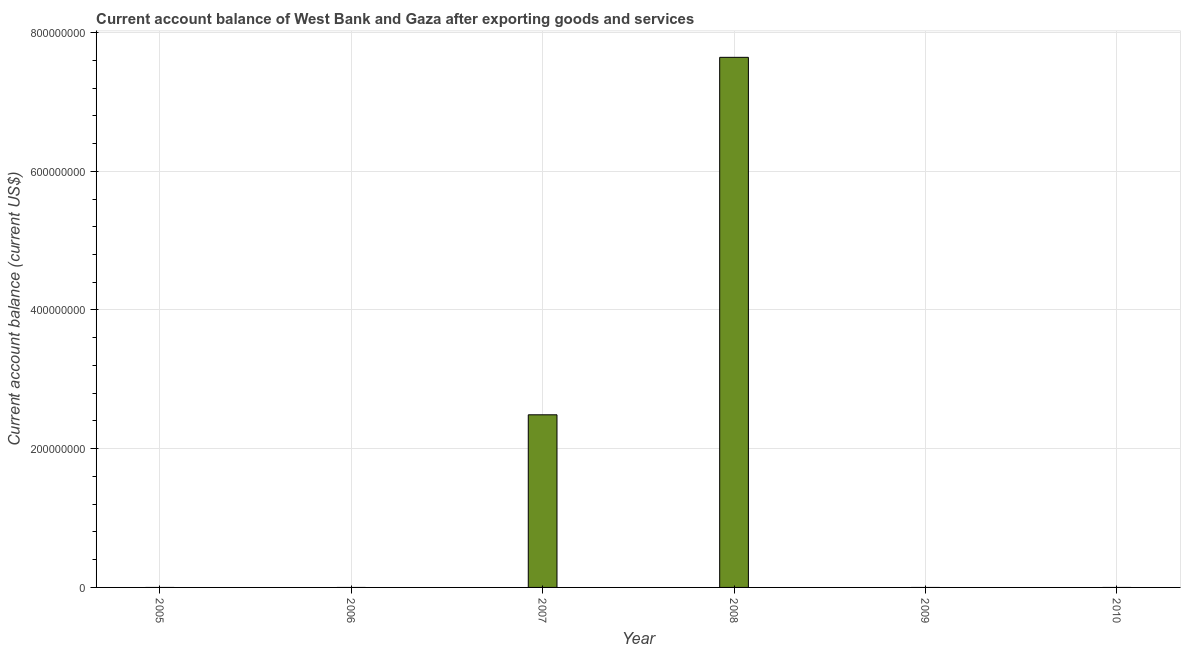
| Year | Current account balance |
 | --- | --- |
 | 2005 | -1.15e+09 |
 | 2006 | -9.13e+08 |
 | 2007 | 2.49e+08 |
 | 2008 | 7.64e+08 |
 | 2009 | -7.13e+08 |
 | 2010 | -6.91e+08 |